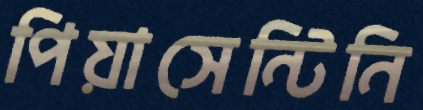
পিয়াসেন্টিনি